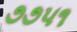
૭૭૫૧